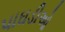
પાઘડીઓ